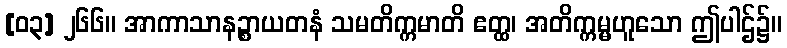
[၀၃] ၂၆၆။ အာကာသာနဉ္စာယတနံ သမတိက္ကမာတိ ဧတ္ထ၊ အတိက္ကမ္မဟူသော ဤပါဌ်၌။